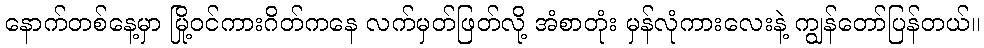
နောက်တစ်နေ့မှာ မြို့ဝင်ကားဂိတ်ကနေ လက်မှတ်ဖြတ်လို့ အံစာတုံး မှန်လုံကားလေးနဲ့ ကျွန်တော်ပြန်တယ်။